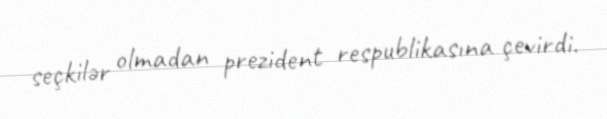
seçkilər olmadan prezident respublikasına çevirdi.